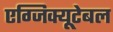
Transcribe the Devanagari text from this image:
एग्जिक्यूटेबल